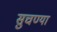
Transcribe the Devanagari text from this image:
सुचण्या